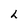
Character: h